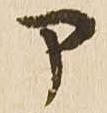
部